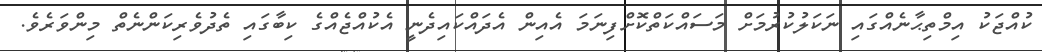
ކުއްޖަކު އިމްތިޙާނެއްގައި ނަކަލުކުރުމަށް މަސައްކަތްކޮށްފިނަމަ އެއިން އެދައްކައިދެނީ އެކުއްޖެއްގެ ކިބާގައި ތެދުވެރިކަންނެތް މިންވަރެވެ.